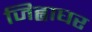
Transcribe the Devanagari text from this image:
जिह्वाघर